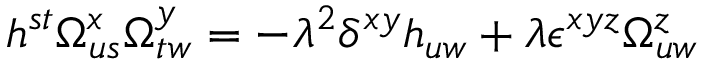
h ^ { s t } \Omega _ { u s } ^ { x } \Omega _ { t w } ^ { y } = - \lambda ^ { 2 } \delta ^ { x y } h _ { u w } + \lambda \epsilon ^ { x y z } \Omega _ { u w } ^ { z }